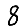
Digit: 8